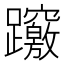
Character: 𨇶